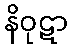
နိဝုဋာ